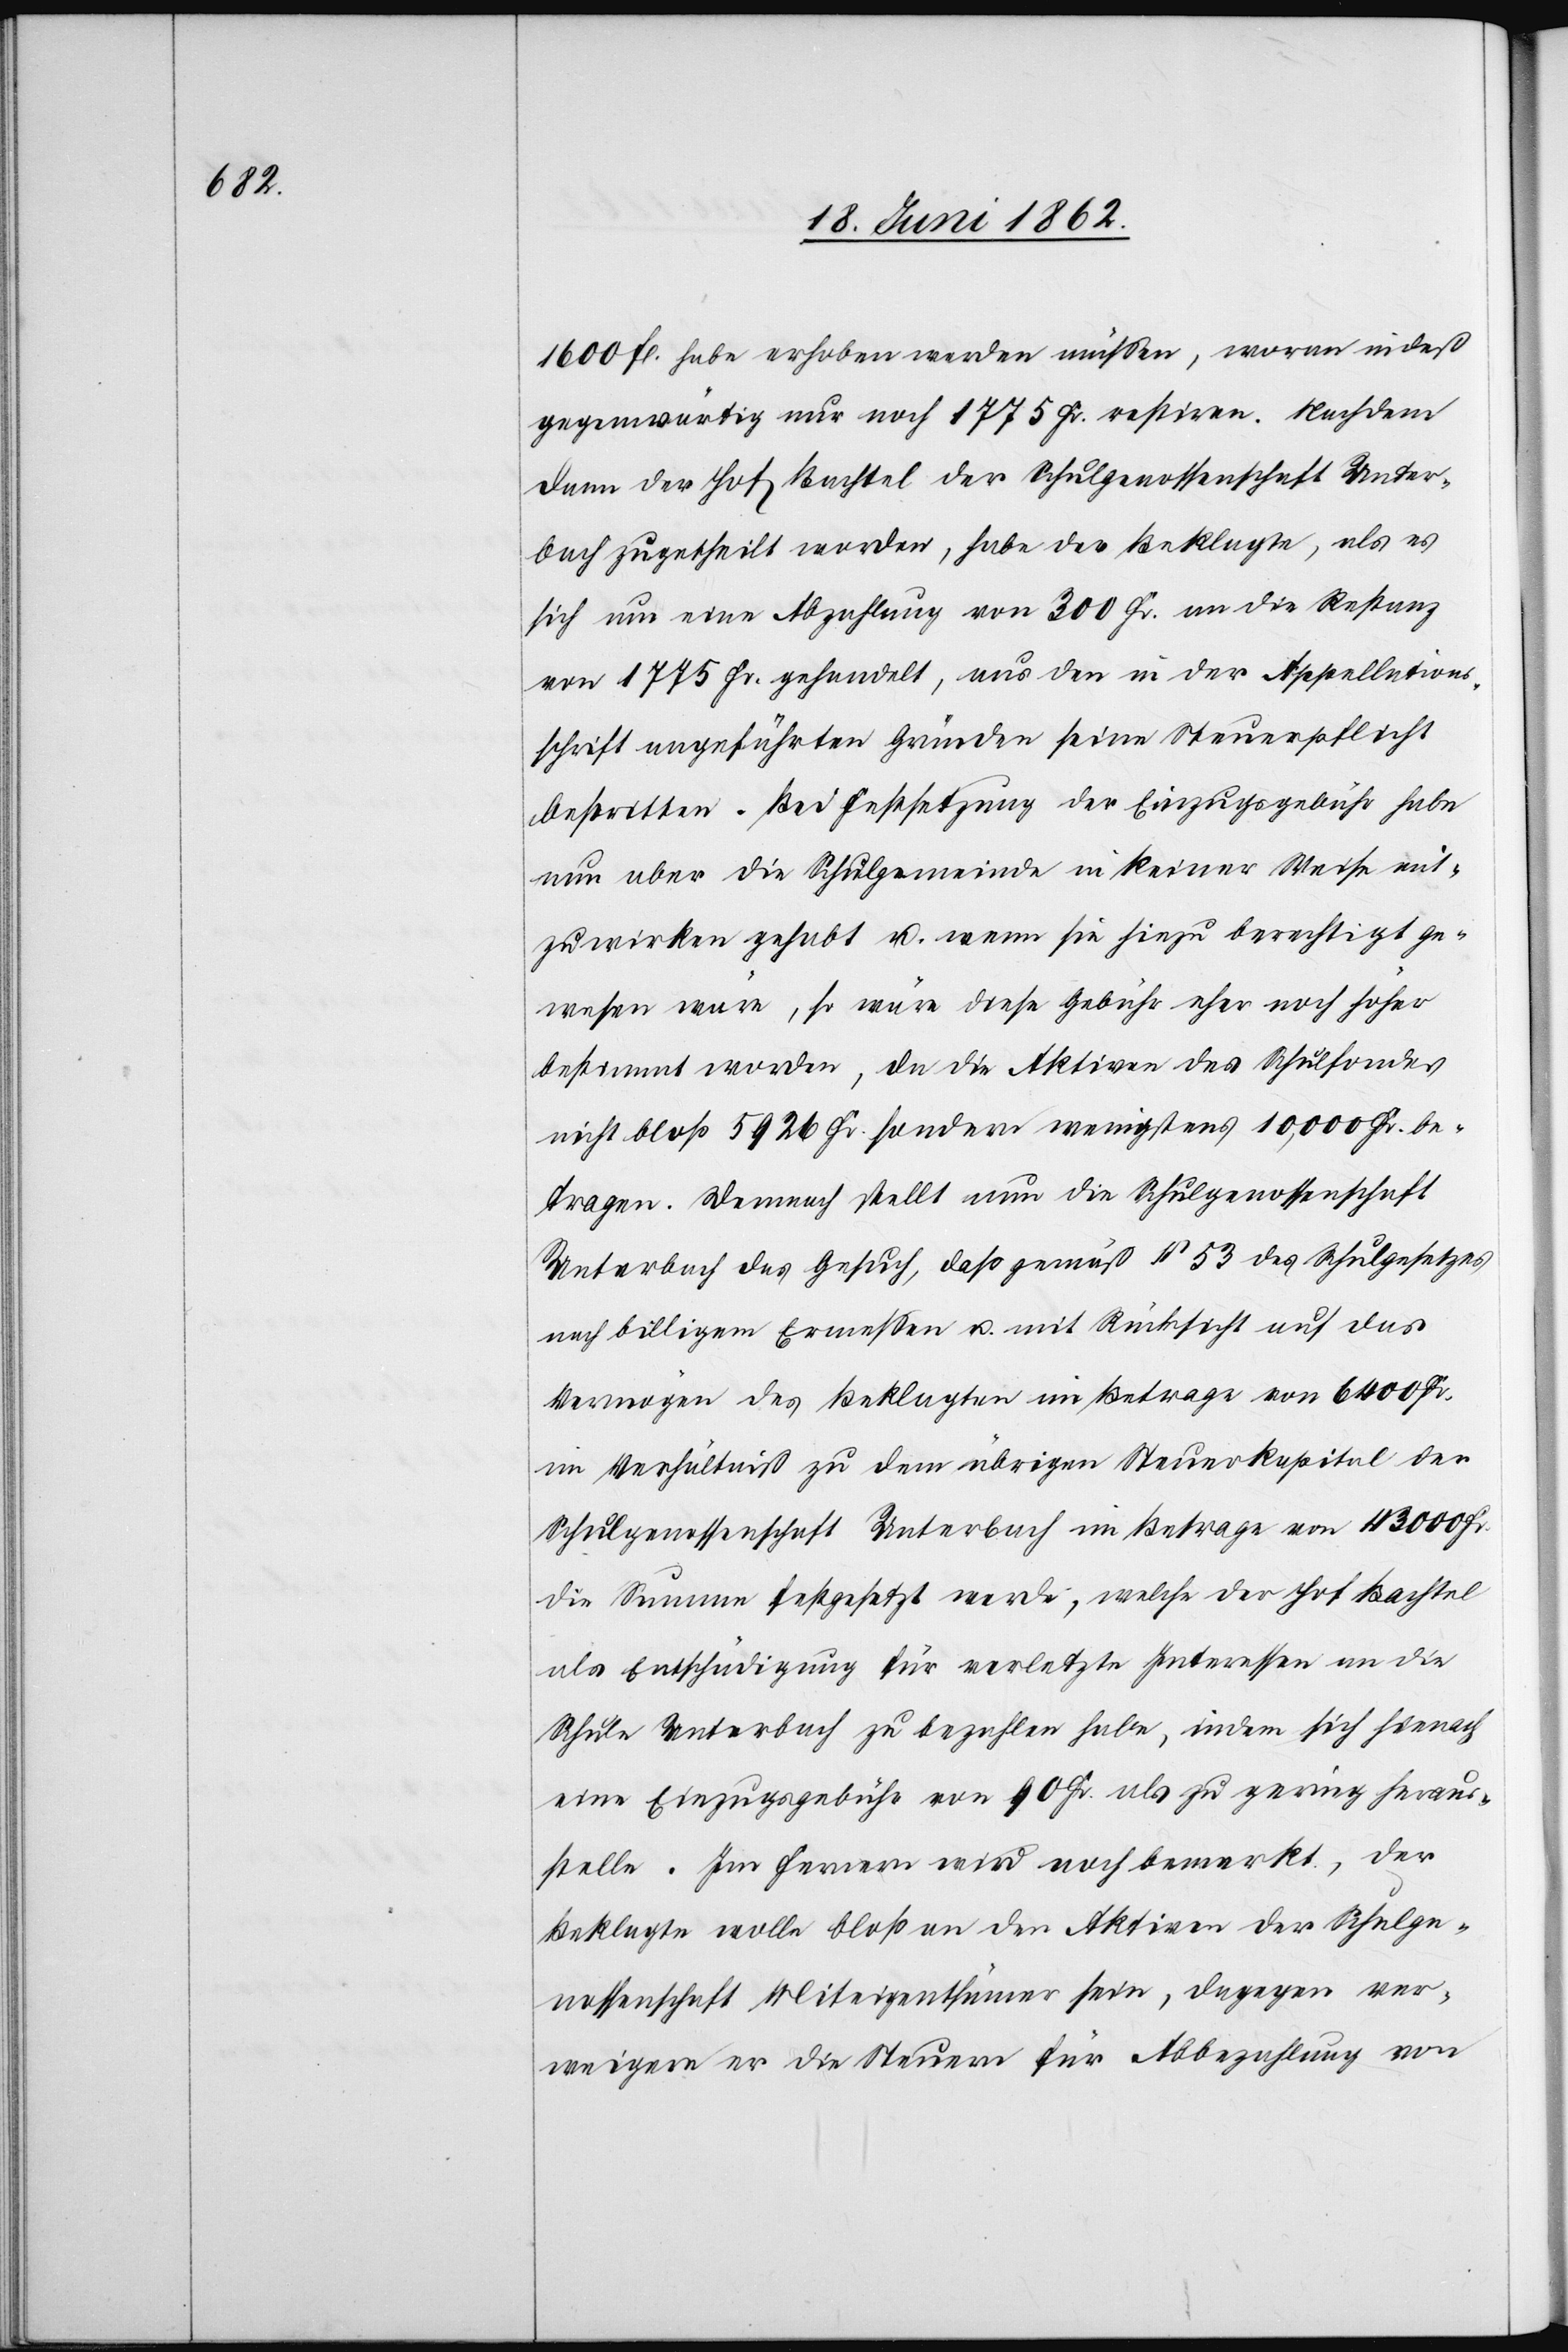
1600 fl. habe erhoben werden müssen, woran indeß
gegenwärtig nur noch 1775 Fr. restiren. Nachdem
dann der Hof Bachtel der Schulgenossenschaft Unter¬
bach zugetheilt worden, habe der Beklagte, als es
sich um eine Abzahlung von 300 Fr. an die Restanz
von 1775 Fr. gehandelt, aus den in der Appellations¬
schrift angeführten Gründen seine Steuerpflicht
bestritten. Bei Festsetzung der Einzugsgebühr habe
nun aber die Schulgemeinde in keiner Weise mit¬
zuwirken gehabt u. wenn sie hiezu berechtigt ge¬
wesen wäre, so wäre diese Gebühr eher noch höher
bestimmt worden, da die Aktiven des Schulfondes
nicht bloß 5926 Fr. sondern wenigstens 10,000 Fr. be¬
tragen. Demnach stellt nun die Schulgenossenschaft
Unterbach das Gesuch, daß gemäß § 53 des Schulgesetzes
nach billigem Ermessen u. mit Rücksicht auf das
Vermögen des Beklagten im Betrage von 6400 Fr.
im Verhältniß zu dem übrigen Steuerkapital der
Schulgenossenschaft Unterbach im Betrage von 43 000 Fr.
die Summe festgesetzt werde, welche der Hof Bachtel
als Entschädigung für verletzte Interessen an die
Schule Unterbach zu bezahlen habe, indem sich hienach
eine Einzugsgebühr von 90 Fr. als zu gering heraus¬
stelle. Im Fernern wird noch bemerkt, der
Beklagte wolle bloß an den Aktiven der Schulge¬
nossenschaft Miteigenthümer sein, dagegen ver¬
weigere er die Steuern für Abbezahlung von